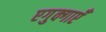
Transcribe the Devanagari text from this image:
एगुक्गाएँ